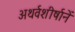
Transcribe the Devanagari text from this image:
अथर्वशीर्षानें